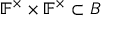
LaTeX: \mathbb { F } ^ { \times } \times \mathbb { F } ^ { \times } \subset B